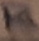
Text: R